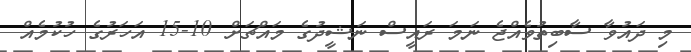
މި ދައުވާ ސާބިތުވެއްޖެ ނަމަ ރައީސް ނަޝީދުގެ މައްޗަށް 10-15 އަހަރުގެ ހުކުމެއް